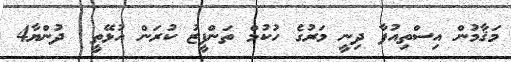
މަޤާމުން އިސްތިއުފާ ދިނީ މަރުގެ ހުކުމް ތަންފީޒު ކުރަން އުޅޭތީ  ދުންޔާ4